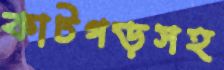
কাটগড়সহ